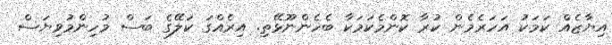
އިޔާޒެއް ކަމަކު އަހަރެމެން ކުރާ ކޮންމެކަމަކާ ބެހެންނޫޅޭތި. އިރެއްގަ ކަލޭގެ ބަސް މުހިންމުވިޔަސް